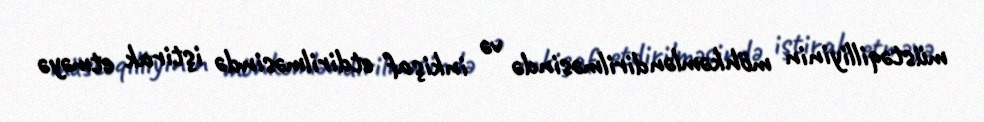
müstəqilliyinin möhkəmləndirilməsində və inkişaf etdirilməsində iştirak etməyə